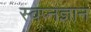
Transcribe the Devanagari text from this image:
स्वप्नज्ञान